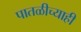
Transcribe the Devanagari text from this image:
पातळीच्याही